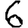
Digit: 6